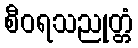
စီဝရသညုတ္တံ